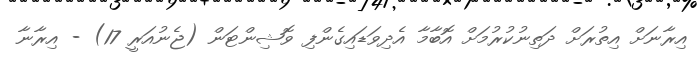
އިރާނަށް އިތުރަށް ދަތިނުކުރުމަށް އޮބާމާ އެދިވަޑައިގެންފި ވޮޝިންޓަން (ޖެނުއަރީ 17) - އިރާނާ